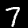
Digit: 7